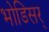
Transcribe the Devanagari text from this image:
भोडिसर्